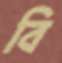
বি